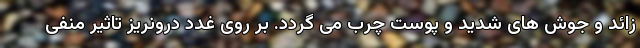
زائد و جوش های شدید و پوست چرب می گردد. بر روی غدد درونریز تاثیر منفی